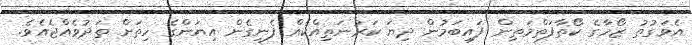
އެވަގުތު ޒޯހާގެ ކޯތާފަތްމަތިން ފައިބަމުން ދިޔަ ކަރުނަތިއްކެއް ފެނިގެން އިޔަންގެ ހިތަށް ތަދުވެއްޖެއެވެ.